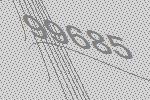
99685